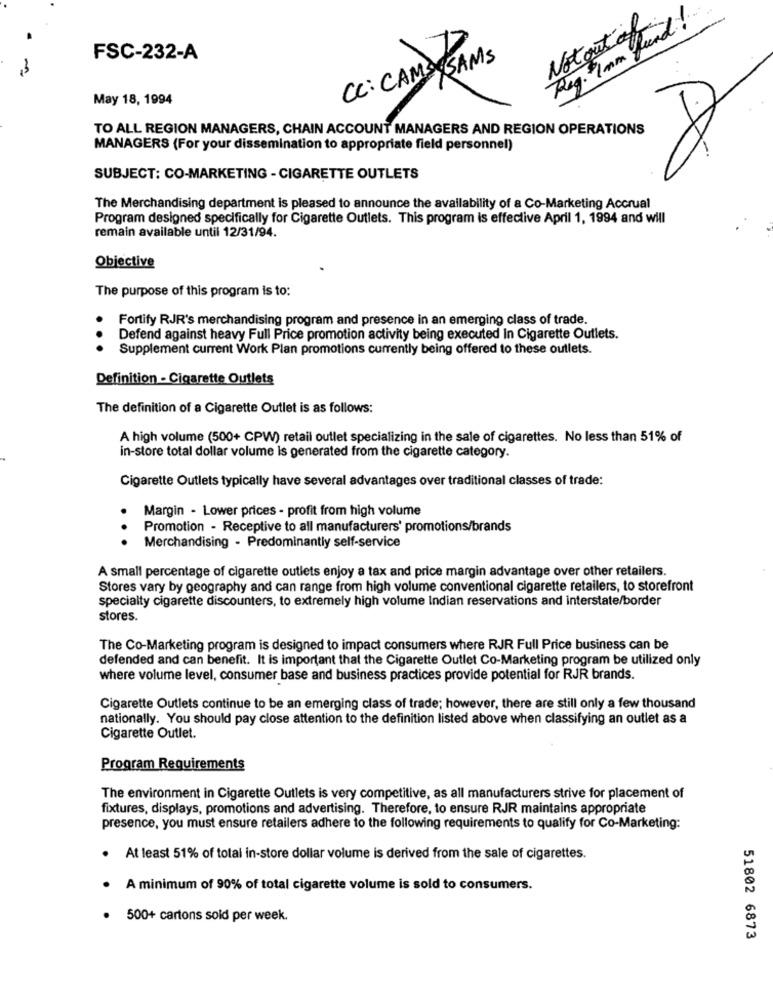
Reg. Iam fund!
Notout à
FSC-232-A
CC : CAMOSSAMS
May 18, 1994
TO ALL REGION MANAGERS, CHAIN ACCOUNT MANAGERS AND REGION OPERATIONS
MANAGERS (For your dissemination to appropriate field personnel)
SUBJECT: CO-MARKETING - CIGARETTE OUTLETS
The Merchandising department is pleased to announce the availability of a Co-Marketing Accrual
Program designed specifically for Cigarette Outlets. This program is effective April 1, 1994 and will
remain available until 12/31/94.
Objective
The purpose of this program is to:
Fortify RJR's merchandising program and presence in an emerging class of trade.
. .
Defend against heavy Full Price promotion activity being executed In Cigarette Outlets.
Supplement current Work Plan promotions currently being offered to these outlets.
Definition - Cigarette Outlets
The definition of a Cigarette Outlet is as follows:
A high volume (500+ CPW) retail outlet specializing in the sale of cigarettes. No less than 51% of
in-store total dollar volume is generated from the cigarette category.
Cigarette Outlets typically have several advantages over traditional classes of trade:
Margin - Lower prices - profit from high volume
Promotion - Receptive to all manufacturers' promotions/brands
...
Merchandising - Predominantly self-service
A small percentage of cigarette outlets enjoy a tax and price margin advantage over other retailers.
Stores vary by geography and can range from high volume conventional cigarette retailers, to storefront
specialty cigarette discounters, to extremely high volume Indian reservations and interstate/border
stores.
The Co-Marketing program is designed to impact consumers where RJR Full Price business can be
defended and can benefit. It is important that the Cigarette Outlet Co-Marketing program be utilized only
where volume level, consumer base and business practices provide potential for RJR brands.
Cigarette Outlets continue to be an emerging class of trade; however, there are still only a few thousand
nationally. You should pay close attention to the definition listed above when classifying an outlet as a
Cigarette Outlet.
Program Requirements
The environment in Cigarette Outlets is very competitive, as all manufacturers strive for placement of
fixtures, displays, promotions and advertising. Therefore, to ensure RJR maintains appropriate
presence, you must ensure retailers adhere to the following requirements to qualify for Co-Marketing:
· At least 51% of total in-store dollar volume is derived from the sale of cigarettes.
·A minimum of 90% of total cigarette volume is sold to consumers.
· 500+ cartons sold per week.
51802 6873